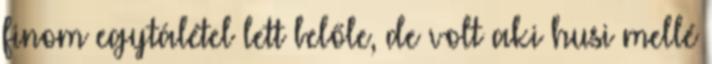
finom egytálétel lett belőle, de volt aki husi mellé